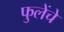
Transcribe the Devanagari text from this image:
फुलेंचे